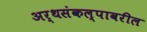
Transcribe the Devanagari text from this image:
अर्थसंकल्पावरील